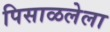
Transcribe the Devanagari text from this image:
पिसाळलेला